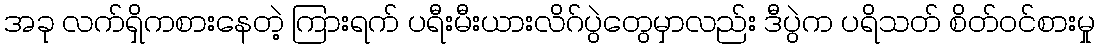
အခု လက်ရှိကစားနေတဲ့ ကြားရက် ပရီးမီးယားလိဂ်ပွဲတွေမှာလည်း ဒီပွဲက ပရိသတ် စိတ်ဝင်စားမှု